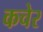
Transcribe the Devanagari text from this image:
कचेर